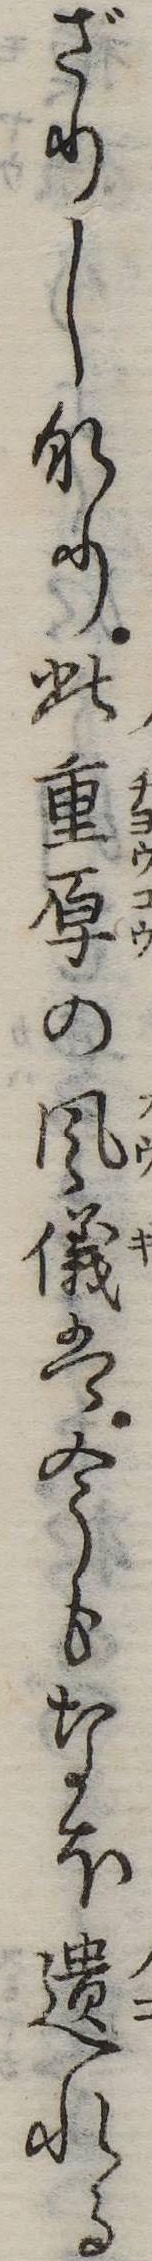
ざりしなり此重厚の風儀は今もなほ遺れる